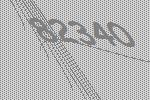
82340